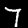
Label: 7